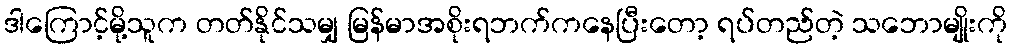
ဒါကြောင့်မို့သူက တတ်နိုင်သမျှ မြန်မာအစိုးရဘက်ကနေပြီးတော့ ရပ်တည်တဲ့ သဘောမျိုးကို